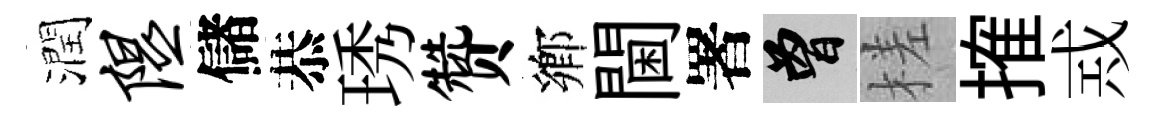
潤隰儲恭琇赞鄕閫署曾槎搉𢦶